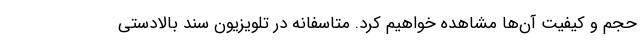
حجم و کیفیت آن‌ها مشاهده خواهیم کرد. متاسفانه در تلویزیون سند بالادستی